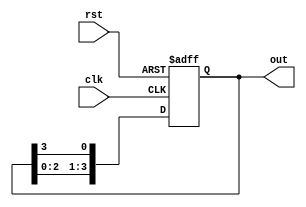
module ring_counter (
    input wire clk,         // Clock input
    input wire rst,         // Asynchronous reset
    output reg [N-1:0] out  // Counter output
);
    parameter N = 4;        // Number of flip-flops (states)

    // Initial value for the counter
    initial begin
        out = 1;            // Start with the first flip-flop set to 1
    end

    // Always block for synchronous behavior
    always @(posedge clk or posedge rst) begin
        if (rst) begin
            out <= 1;       // Reset to the initial state
        end else begin
            out <= {out[N-2:0], out[N-1]}; // Shift the '1' to the next flip-flop
        end
    end
endmodule